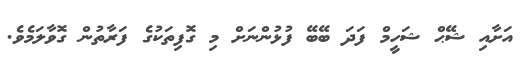
އަށާއި ޝޭޙް ޝަހީމް ފަދަ ބޭބޭ ފުޅުންނަށް މި ގޮފިތަކުގެ ފަރާތުން ގޮވާލަމެވެ.